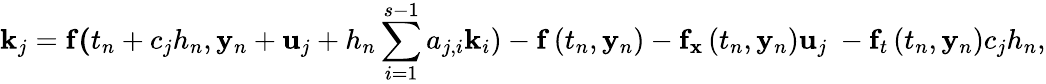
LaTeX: \mathbf{k}_{j}=\mathbf{f(}t_{n}+c_{j}h_{n},\mathbf{y}_{n}+\mathbf{u}_{j}+h_{n}\sum_{i=1}^{s-1}a_{j,i}\mathbf{k}_{i})-\mathbf{f}\left(t_{n},\mathbf{y}_{n}\right)-\mathbf{f}_{\mathbf{x}}\left(t_{n},\mathbf{y}_{n}\right)\mathbf{u}_{j}\ -\mathbf{f}_{t}\left(t_{n},\mathbf{y}_{n}\right)c_{j}h_{n},